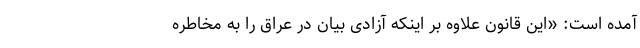
آمده است: «این قانون علاوه بر اینکه آزادی بیان در عراق را به مخاطره